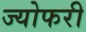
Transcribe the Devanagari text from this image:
ज्योफरी